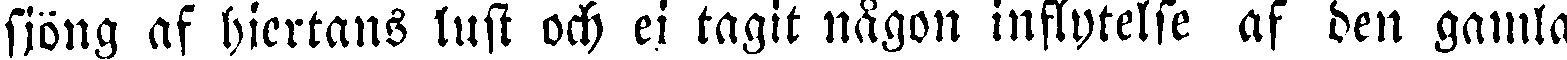
sjöng af hjertans lust och ej tagit någon inflytelse af den gamla